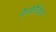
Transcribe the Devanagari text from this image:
मैलोलैक्टिक